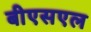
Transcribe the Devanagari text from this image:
बीएसएल